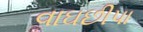
વાઘછીપા